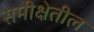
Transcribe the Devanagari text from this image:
समीक्षेतील